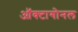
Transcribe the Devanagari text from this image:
ऑक्टागोनल